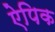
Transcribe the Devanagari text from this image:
ऐपिक